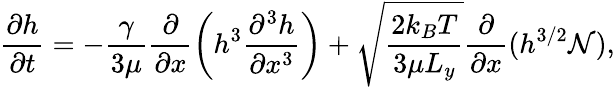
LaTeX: \frac{\partial h}{\partial t}=-\frac{\gamma}{3\mu}\frac{\partial}{\partial x}\left(h^{3}\frac{\partial^{3}h}{\partial x^{3}}\right)+\sqrt{\frac{2k_{B}T}{3\mu L_{y}}}\frac{\partial}{\partial x}(h^{3/2}\mathcal{N}),